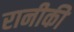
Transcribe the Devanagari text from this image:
रानीकी